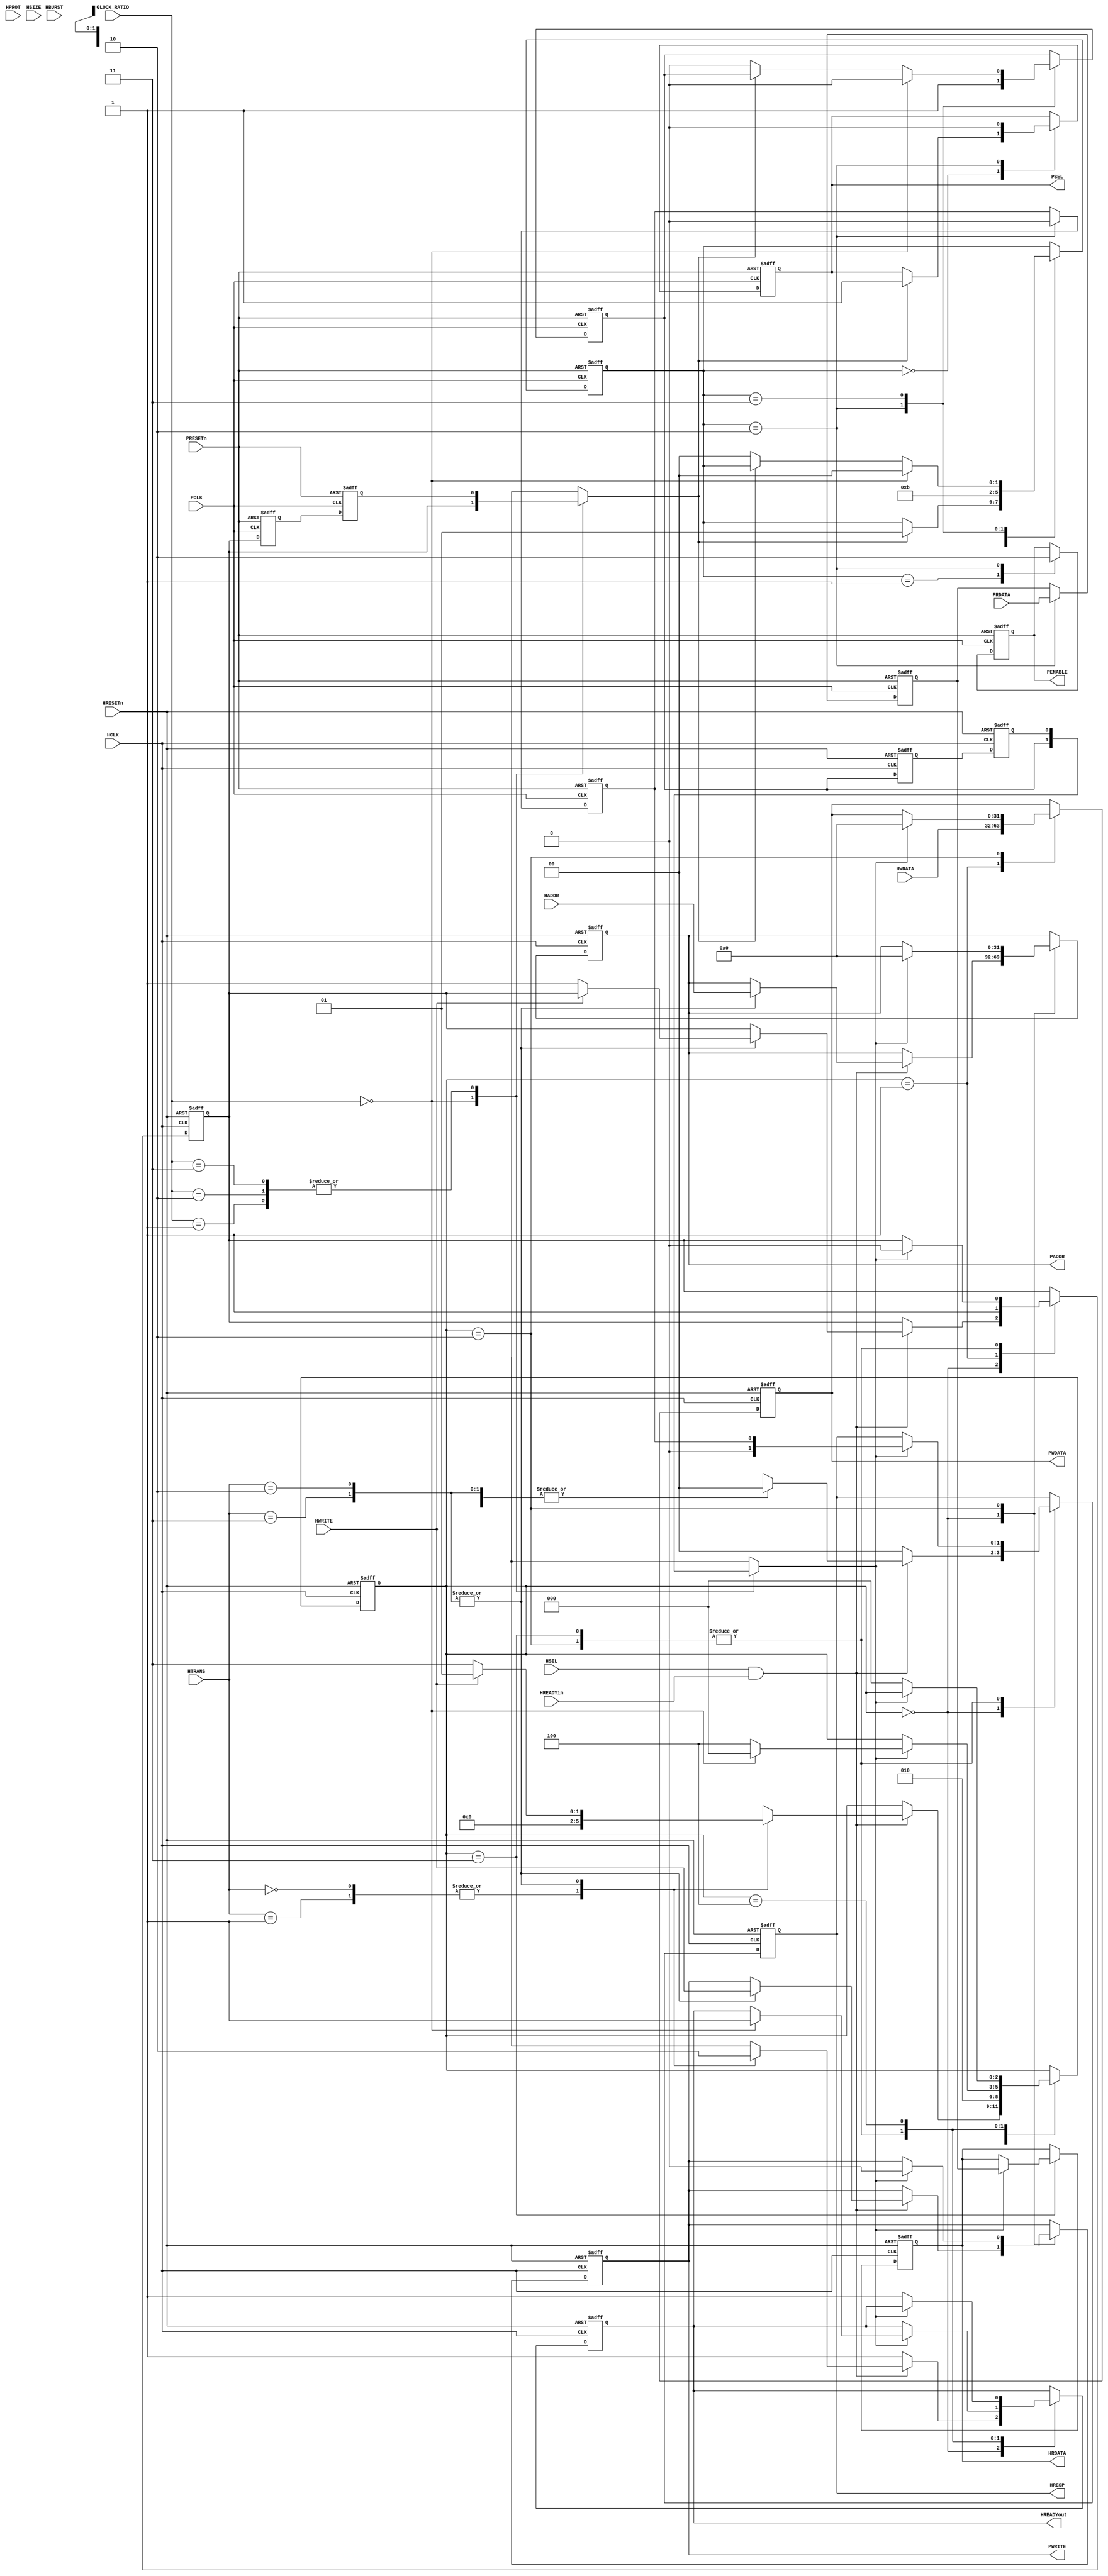
`ifndef AHB_TO_APB_CONTROLLER_V
`define AHB_TO_APB_CONTROLLER_V
//--------------------------------------------------------
// Copyright (c) 2011 by Ando Ki.
// All right reserved.
//--------------------------------------------------------
// VERSION: 2011.03.30.
//--------------------------------------------------------
// AHB to AHB
//--------------------------------------------------------
`timescale 1ns/1ns

module ahb_to_apb_controller (
       input  wire        HRESETn
     , input  wire        HCLK
     , input  wire        HSEL
     , input  wire [31:0] HADDR
     , input  wire [ 1:0] HTRANS
     , input  wire [ 3:0] HPROT
     , input  wire        HWRITE
     , input  wire [ 2:0] HSIZE
     , input  wire [ 2:0] HBURST
     , input  wire [31:0] HWDATA
     , output reg  [31:0] HRDATA
     , output reg  [ 1:0] HRESP
     , input  wire        HREADYin
     , output reg         HREADYout
     , input  wire        PCLK
     , input  wire        PRESETn
     , output reg         PSEL
     , output reg         PENABLE
     , output wire [31:0] PADDR
     , output wire        PWRITE
     , input  wire [31:0] PRDATA
     , output wire [31:0] PWDATA
     `ifdef AMBA_APB3
     , input  wire        PREADY
     , input  wire        PSLVERR
     `endif
     `ifdef AMBA_APB4
     , output wire [ 2:0] PPROT
     , output wire [ 3:0] PSTRB
     `endif
     , input  wire [ 1:0] CLOCK_RATIO // 0=1:1, 3=async
);
   //-----------------------------------------------------
   `ifndef AMBA_APB3
   wire    PREADY  = 1'b1;
   wire    PSLVERR = 1'b0;
   `endif
   `ifndef AMBA_APB4
   wire [ 2:0] PPROT;
   wire [ 3:0] PSTRB;
   `endif
   //-----------------------------------------------------
   reg  [31:0] tADDR ;
   reg         tWRITE;
   reg  [31:0] tWDATA;
   reg  [31:0] tRDATA;
   reg         tREQ  ;
   reg         tACK  ;
   reg         tERROR;
   reg  [ 2:0] tPROT ;
   reg  [ 3:0] tSTRB ;
   //-----------------------------------------------------
   assign PADDR   = tADDR ;
   assign PWRITE  = tWRITE;
   assign PWDATA  = tWDATA;
   assign PPROT   = tPROT ;
   assign PSTRB   = tSTRB ;
   //-----------------------------------------------------
    reg        tACKsync, tACKsync0, tACKsync1;
    always @ (posedge HCLK or negedge HRESETn) begin
        if (HRESETn==0) begin
           tACKsync0 <= 1'b0;
           tACKsync1 <= 1'b0;
        end else begin
           tACKsync0 <= tACK;
           tACKsync1 <= tACKsync0;
        end
    end
    always @ ( * ) begin
        case (CLOCK_RATIO)
        2'b00: tACKsync = tACK;
        2'b01: tACKsync = tACKsync1;
        2'b10: tACKsync = tACKsync1;
        2'b11: tACKsync = tACKsync1;
        endcase
    end
   //-----------------------------------------------------
   reg [2:0] state;
   localparam STH_IDLE   =  'h0,
              STH_WRITE0 =  'h1,
              STH_WRITE1 =  'h2,
              STH_READ0  =  'h3,
              STH_WAIT   =  'h4;
   //-----------------------------------------------------
   // AHB bus wrapper
   always @ (posedge HCLK or negedge HRESETn) begin
       if (HRESETn==0) begin
           HRDATA    <= 32'b0;
           HRESP     <=  2'b00; //`HRESP_OKAY;
           HREADYout <=  1'b1;
           tADDR     <= 32'h0;
           tWDATA    <= 32'h0;
           tWRITE    <=  1'b0;
           tPROT     <=  3'h0;
           tSTRB     <=  4'hF;
           tREQ      <=  1'b0;
           state     <= STH_IDLE;
       end else begin // if (HRESETn==0) begin
           case (state)
           STH_IDLE: begin
                if (HSEL && HREADYin) begin
                   case (HTRANS)
                   //`HTRANS_IDLE, `HTRANS_BUSY: begin
                   2'b00, 2'b01: begin
                          HREADYout <= 1'b1;
                          HRESP     <= 2'b00; //`HRESP_OKAY;
                          state     <= STH_IDLE;
                   end // HTRANS_IDLE or HTRANS_BUSY
                   //`HTRANS_NONSEQ, `HTRANS_SEQ: begin
                   2'b10, 2'b11: begin
                              HREADYout <= 1'b0;
                              HRESP     <= 2'b00; //`HRESP_OKAY;
                              tADDR     <= HADDR[31:0];
                              tWRITE    <= HWRITE;
                              tPROT     <= {~HPROT[0],1'b1,HPROT[1]};
                              tSTRB     <= get_strb(HADDR[1:0],HSIZE);
                              if (HWRITE) begin
                                  state <= STH_WRITE0;
                              end else begin
                                  tREQ  <= 1'b1;
                                  state <= STH_READ0;
                              end
                   end // HTRANS_NONSEQ or HTRANS_SEQ
                   endcase // HTRANS
                end else begin// if (HSEL && HREADYin)
                    HREADYout <= 1'b1;
                    HRESP     <= 2'b00; //`HRESP_OKAY;
                end
                end // STH_IDLE
           STH_WRITE0: begin
                     tWDATA    <= HWDATA;
                     tREQ      <= 1'b1;
                     state     <= STH_WRITE1;
                end // STH_WRITE0
           STH_WRITE1: begin
                     if (tACKsync ) begin
                         tREQ      <= 1'b0;
                         HRESP     <= {1'b0,tERROR};
                         tADDR     <= 32'b0;
                         tWDATA    <= 32'b0;
                         tWRITE    <= 1'b0;
                         if (CLOCK_RATIO==2'b00) begin
                             HREADYout <= 1'b1;
                             state     <= STH_IDLE;
                         end else begin
                             state     <= STH_WAIT;
                         end
                     end
                end // STH_WRITE1
           STH_READ0: begin
                    if (tACKsync ) begin
                         tREQ      <= 1'b0;
                         HRDATA    <= tRDATA;
                         HRESP     <= {1'b0,tERROR};
                         if (CLOCK_RATIO==2'b00) begin
                             HREADYout <= 1'b1;
                             state     <= STH_IDLE;
                         end else begin
                             state     <= STH_WAIT;
                         end
                    end
                end // STH_READ0
           STH_WAIT: begin
                if (tACKsync==1'b0) begin
                    HREADYout <= 1'b1;
                    state     <= STH_IDLE;
                end
                end // STH_WAIT
           endcase // state
       end // if (HRESETn==0)
   end // always
   //-----------------------------------------------------
   reg         tREQsync, tREQsync0, tREQsync1;
   always @ (posedge PCLK or negedge PRESETn) begin
       if (PRESETn==0) begin
          tREQsync0 <= 1'b0;
          tREQsync1 <= 1'b0;
       end else begin
          tREQsync0 <= tREQ;
          tREQsync1 <= tREQsync0;
       end
   end
   always @ ( * ) begin
       case (CLOCK_RATIO)
       2'b00: tREQsync = tREQ;
       2'b01: tREQsync = tREQsync1;
       2'b10: tREQsync = tREQsync1;
       2'b11: tREQsync = tREQsync1;
       endcase
   end
   //-----------------------------------------------------
   reg [1:0] pstate;
   localparam STP_IDLE  = 2'h0,
              STP_SETUP = 2'h1,
              STP_GO    = 2'h2,
              STP_WAIT  = 2'h3;
   //-----------------------------------------------------
   always @ (posedge PCLK or negedge PRESETn) begin
       if (PRESETn==0) begin
           PSEL    <=  1'b0;
           PENABLE <=  1'b0;
           tACK    <=  1'b0;
           tRDATA  <= 32'b0;
           tERROR  <=  1'b0;
           pstate  <= STP_IDLE;
       end else begin
           case (pstate)
           STP_IDLE: begin
               if (tREQsync ) begin
                     PSEL    <= 1'b1;
                     pstate  <= STP_SETUP;
               end
               end // STP_IDLE
           STP_SETUP: begin
               PENABLE <= 1'b1;
               pstate  <= STP_GO;
               end // STP_SETUP
           STP_GO: begin
               if (PREADY) begin
                  PENABLE <= 1'b0;
                  PSEL    <= 1'b0;
                  tACK    <= 1'b1;
                  tRDATA  <= PRDATA;
                  tERROR  <= PSLVERR;
                  pstate  <= STP_WAIT;
               end
               end // STP_GO
           STP_WAIT: begin
               if (CLOCK_RATIO==2'b0) begin
                   tACK   <= 1'b0;
                   pstate <= STP_IDLE;
               end else begin
                  if (tREQsync==1'b0) begin
                      tACK   <= 1'b0;
                      pstate <= STP_IDLE;
                  end
               end
               end // STP_WAIT
           endcase
       end // if (PRESETn==0)
   end // always @ (posedge PCLK or negedge PRESETn) begin
   //-----------------------------------------------------
   function [3:0] get_strb;
       input [1:0] add;   // address offset
       input [2:0] size;  // transfer size
       reg   [3:0] be;
       begin
          case ({size,add})
              `ifdef ENDIAN_BIG
              5'b010_00: be = 4'b1111; // word
              5'b001_00: be = 4'b1100; // halfword
              5'b001_10: be = 4'b0011; // halfword
              5'b000_00: be = 4'b1000; // byte
              5'b000_01: be = 4'b0100; // byte
              5'b000_10: be = 4'b0010; // byte
              5'b000_11: be = 4'b0001; // byte
              `else // little-endian -- default
              5'b010_00: be = 4'b1111; // word
              5'b001_00: be = 4'b0011; // halfword
              5'b001_10: be = 4'b1100; // halfword
              5'b000_00: be = 4'b0001; // byte
              5'b000_01: be = 4'b0010; // byte
              5'b000_10: be = 4'b0100; // byte
              5'b000_11: be = 4'b1000; // byte
              `endif
              default: begin
                       be = 4'b0;
              `ifdef RIGOR
              // synopsys translate_off
              $display($time,, "%m ERROR: undefined combination of HSIZE(%x) and HADDR[1:0](%x)",
                                                  size, add);
              // synopsys translate_on
              `endif
                       end
          endcase
          get_strb = be;
       end
   endfunction
   //-----------------------------------------------------
endmodule
//--------------------------------------------------------
// Revision history
//
// 2011.03.30: AMBA_APB3 or AMBA_APB4 added by Ando Ki.
// 2011.03.20: Starte by Ando Ki.
//--------------------------------------------------------
`endif